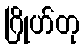
ဂြိုဟ်တု